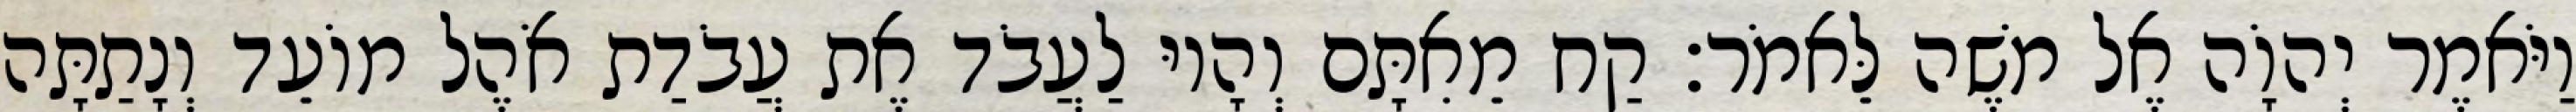
וַיֹּאמֶר יְהוָֹה אֶל משֶׁה לֵּאמֹר׃ קַח מֵאִתָּם וְהָיוּ לַעֲבֹד אֶת עֲבֹדַת אֹהֶל מוֹעֵד וְנָתַתָּה